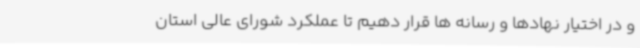
و در اختیار نهادها و رسانه ها قرار دهیم تا عملکرد شورای عالی استان